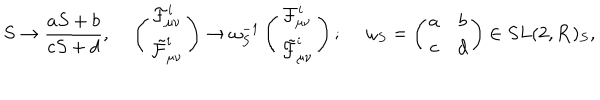
LaTeX: S \to { \frac { a S + b } { c S + d } } , \left( \begin{matrix} { { { \cal F } _ { \mu \nu } ^ { i } } } \\ { { \tilde { \cal F } _ { \mu \nu } ^ { i } } } \\ \end{matrix} \right) \to \omega _ { S } ^ { - 1 } \left( \begin{matrix} { { { \cal F } _ { \mu \nu } ^ { i } } } \\ { { \tilde { \cal F } _ { \mu \nu } ^ { i } } } \\ \end{matrix} \right) ; \ \omega _ { S } = \left( \begin{matrix} { { a } } & { { b } } \\ { { c } } & { { d } } \\ \end{matrix} \right) \in S L ( 2 , { \bf R } ) _ { S } ,